DOW-UAP-D49, Launch Summary, Vandenberg AFB, 2000
Agency: Department of War
Incident date: 2/3/00
Page 97
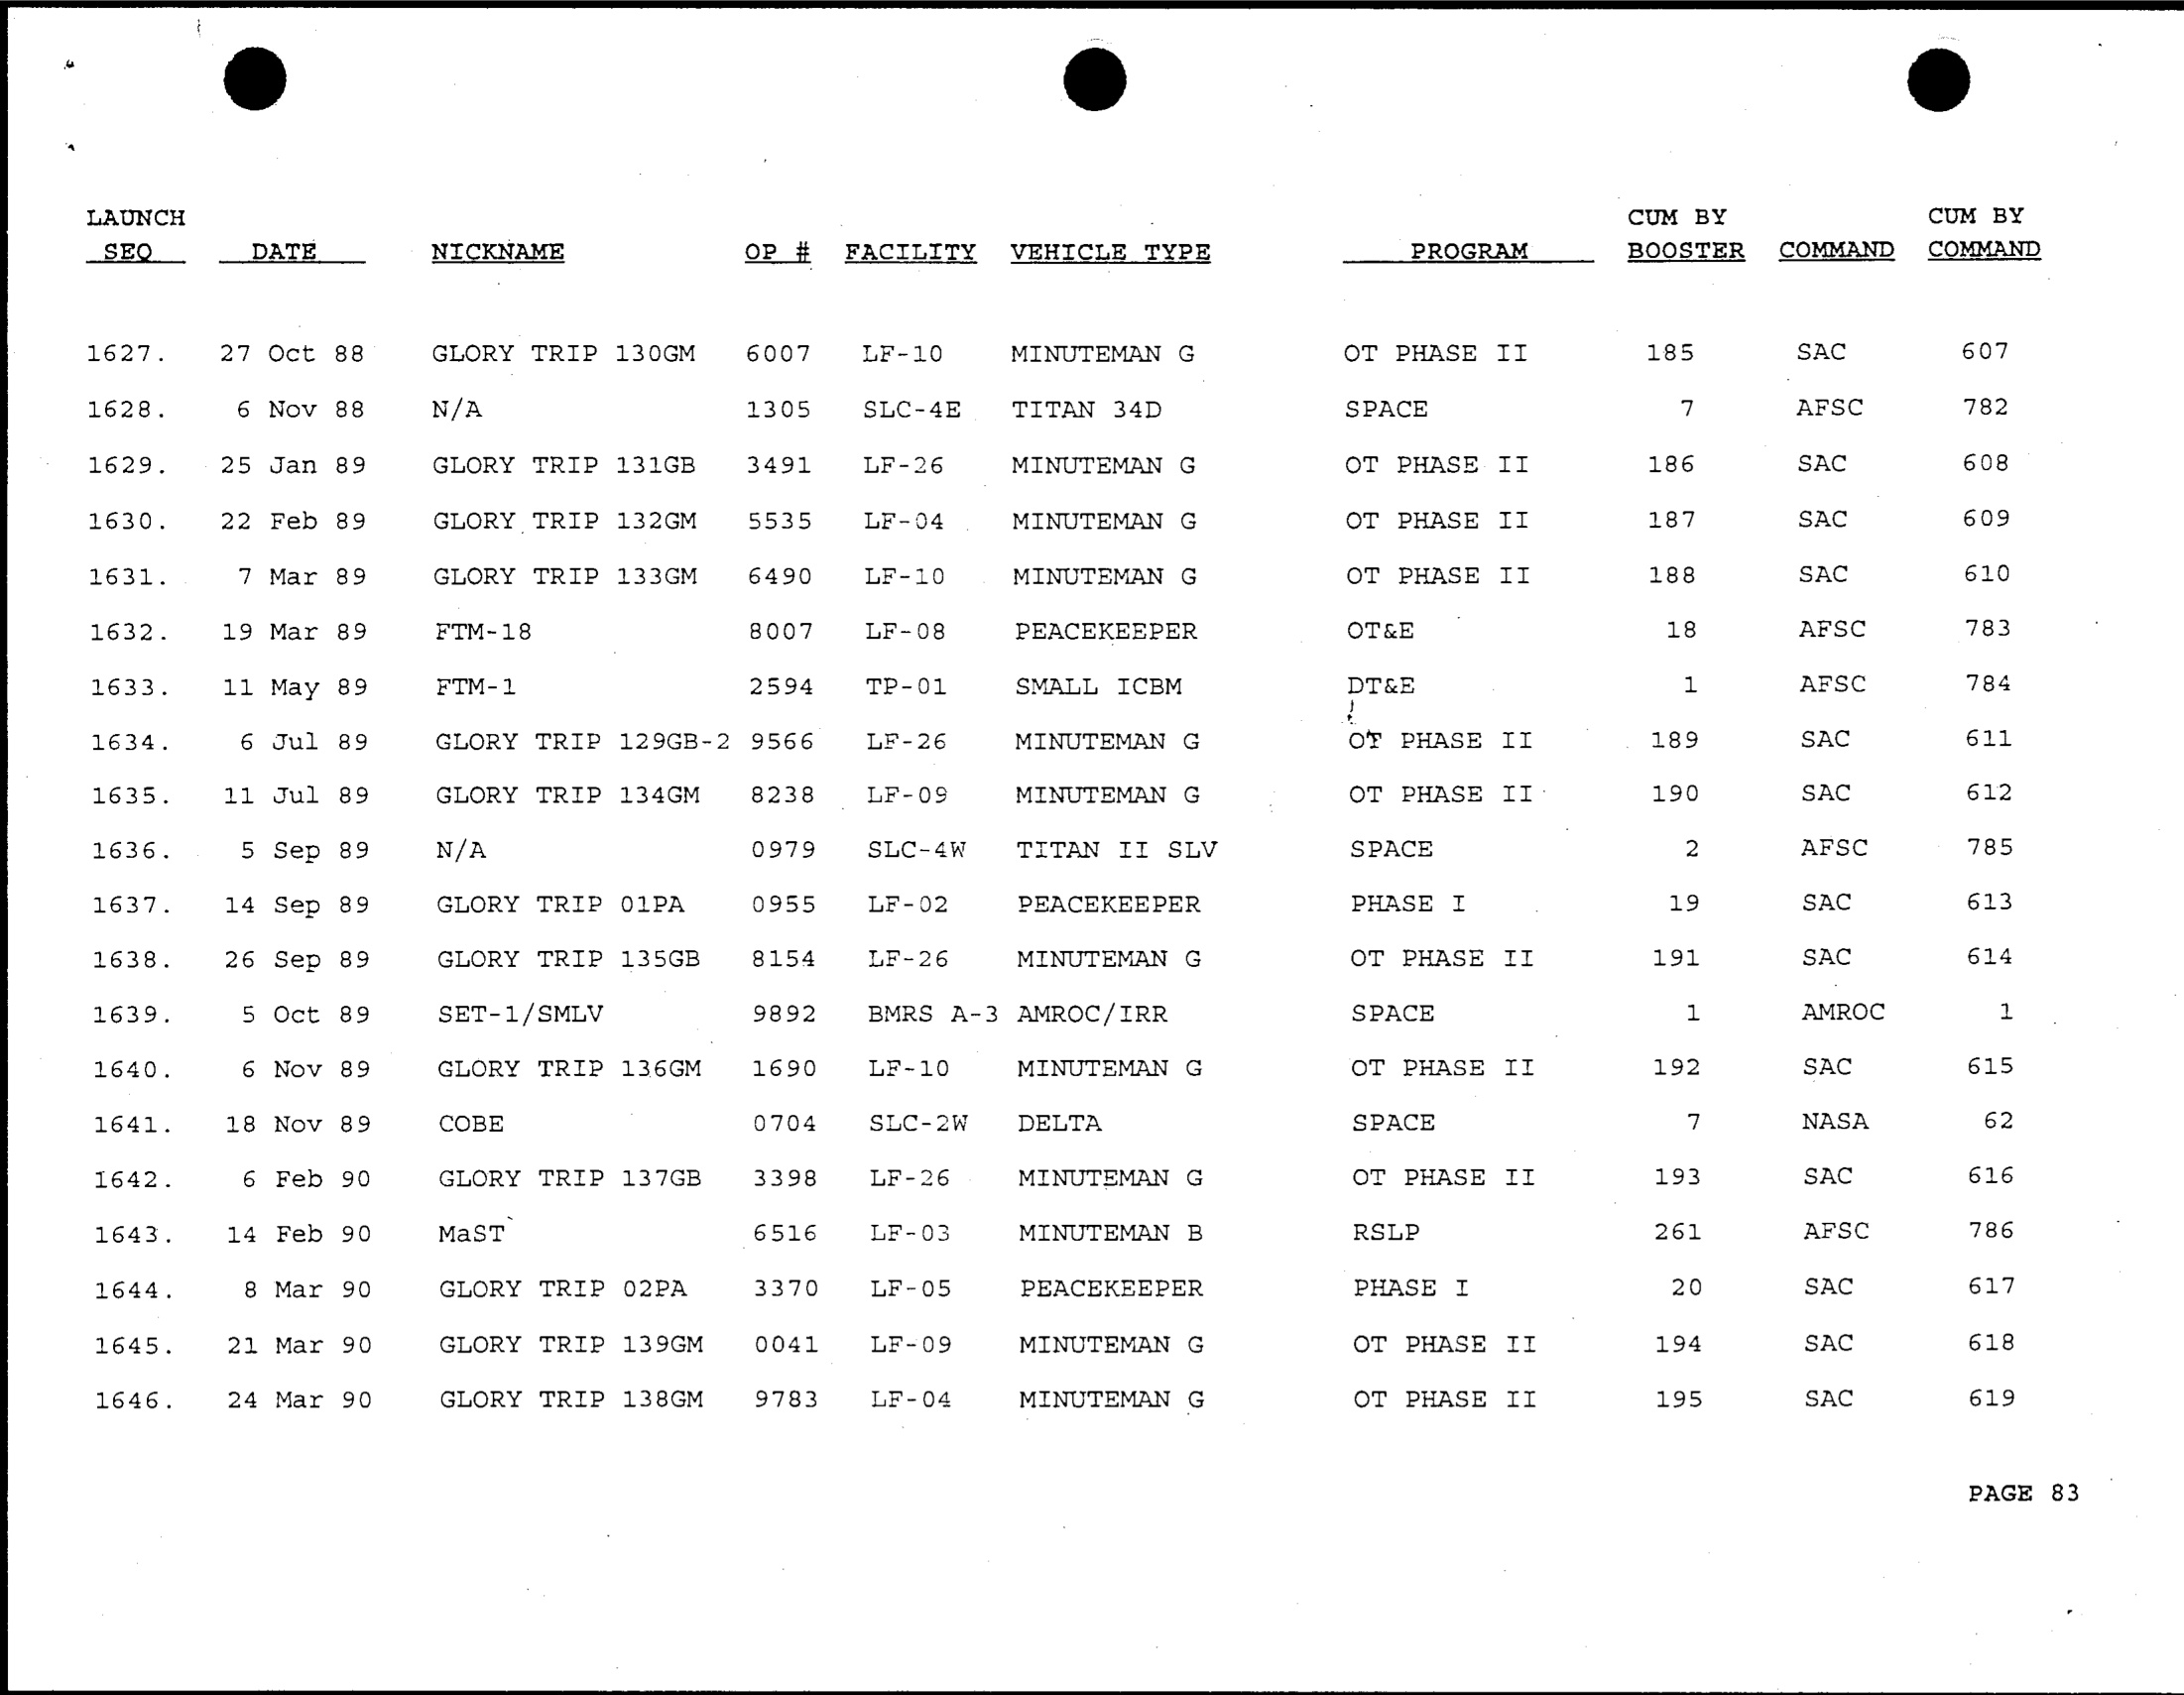